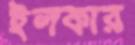
ইলকার